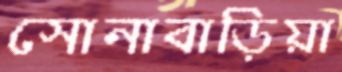
সোনাবাড়িয়া